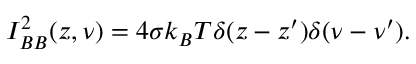
I _ { B B } ^ { 2 } ( z , \nu ) = 4 \sigma k _ { B } T \delta ( z - z ^ { \prime } ) \delta ( \nu - \nu ^ { \prime } ) .